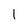
Character: l